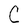
Character: C